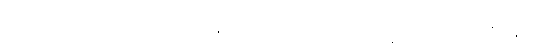
ခေါင်း၏ရှေ့မှ အရင်ဦးအောင် သွားနှင့်ကြသူတို့ က ခေါင်းဘက်သို့ လှည်၍ မြေကြီးခဲများဖြင့်